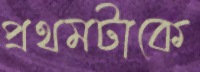
প্রথমটাকে